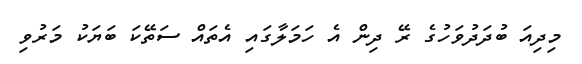
މިދިއަ ބުދަދުވަހުގެ ރޭ ދިން އެ ހަމަލާގައި އެތައް ސަތޭކަ ބަޔަކު މަރުވި